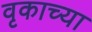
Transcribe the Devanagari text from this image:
वृकाच्या